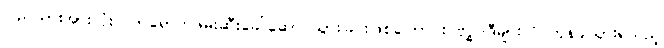
ပြည်သားအားလုံး လာရောက်ဖမ်းဆီးခေါ်ဆောင်သွားခြင်းဖြစ်ကြောင်း ဗုဒ္ဓဝါဒီများကို တုန်ခါသွားရသည့်